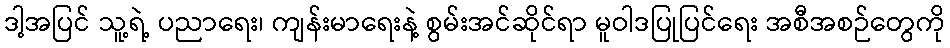
ဒါ့အပြင် သူ့ရဲ့ ပညာရေး၊ ကျန်းမာရေးနဲ့ စွမ်းအင်ဆိုင်ရာ မူဝါဒပြုပြင်ရေး အစီအစဉ်တွေကို